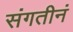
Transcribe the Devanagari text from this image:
संगतीनं